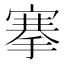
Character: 搴